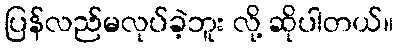
ပြန်လည်မလုပ်ခဲ့ဘူး လို့ ဆိုပါတယ်။